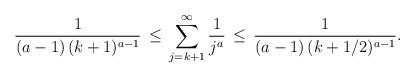
LaTeX: \begin{align*} \frac1{(a-1)\,(k+1)^{a-1}}\,\le\, \sum_{j=k+1}^{\infty} \frac{1}{j^a}\,\le \, \frac1{(a-1)\,(k+1/2)^{a-1}}.\end{align*}